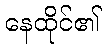
နေထိုင်၏